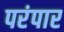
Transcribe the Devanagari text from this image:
परंपार